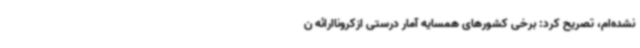
نشده‌ام، تصریح کرد: برخی کشورهای همسایه آمار درستی ازکروناارائه ن